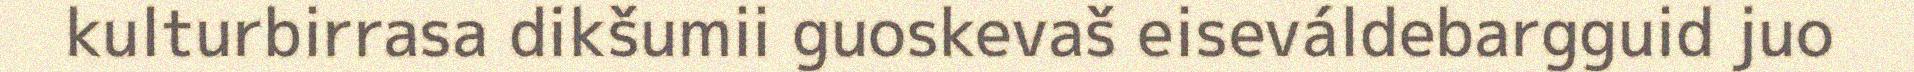
kulturbirrasa dikšumii guoskevaš eiseváldebargguid juo